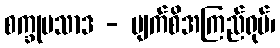
စက္ခုပသာဒ - မျက်စိအကြည်ရုပ်၊